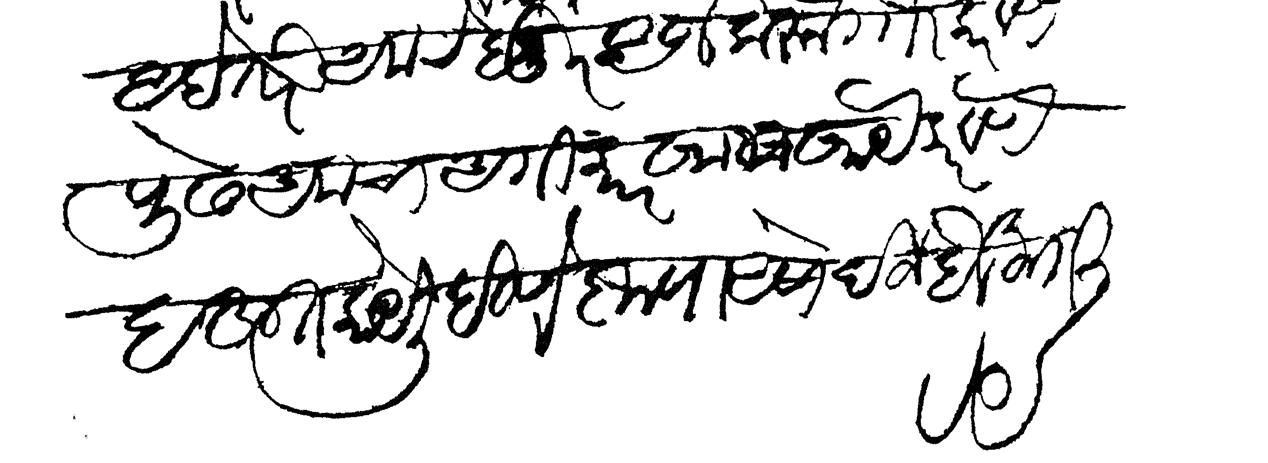
Transliteration (Devanagari): आहे तरी आमचे विषई हजूर अर्ज करून गौर करवणे पुढे अमचा अंगिकार खामखाय करवणे बहुत काये लिहिणे कृपा असो दिजे हे विनंती